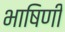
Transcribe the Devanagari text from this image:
भाषिणी